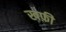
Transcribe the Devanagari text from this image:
खफ़ी